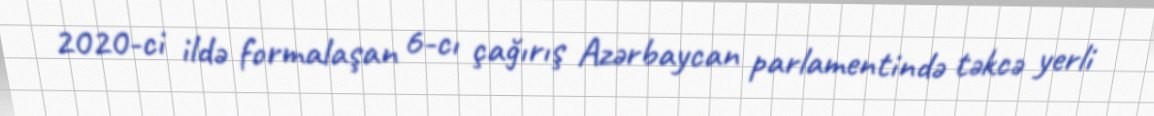
2020-ci ildə formalaşan 6-cı çağırış Azərbaycan parlamentində təkcə yerli